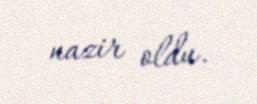
nazir oldu.